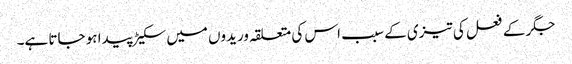
جگر کے فعل کی تیزی کے سبب اس کی متعلقہ وریدوں میں سکیڑ پیدا ہو جاتا ہے۔